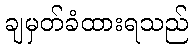
ချမှတ်ခံထားရသည်